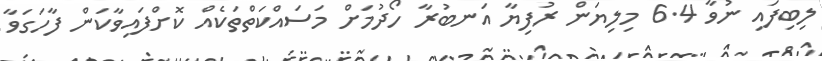
ލިބިފައި ނުވާ 6.4 މިލިޔަން ރުފިޔާ އަނބުރާ ހޯދުމަށް މަސައްކަތްތަކެއް ކޮށްފައިވާކަން ފާހަގަވާ